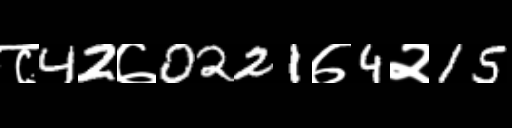
Text: ८42७0221७4२15